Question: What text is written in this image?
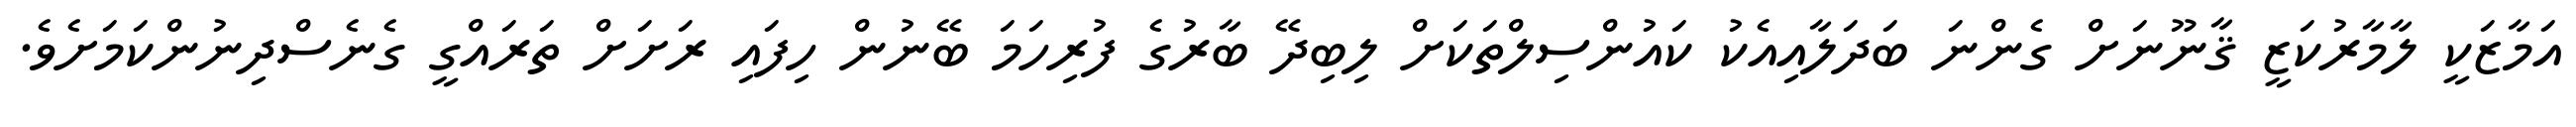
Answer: އަމާޒަކީ ލާމާރުކަޒީ ޤާނޫނަށް ގެންނަ ބަދަލާއިއެކު ކައުންސިލްތަކަށް ލިބިދޭ ބާރުގެ ފުރިހަމަ ބޭނުން ހިފައި ރަށަށް ތަރައްގީ ގެނެސްދިނުންކަމަށެވެ.